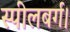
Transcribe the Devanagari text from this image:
स्पीलबर्ग।